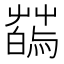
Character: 𦺂